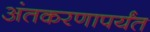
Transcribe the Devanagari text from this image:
अंतकरणापर्यंत